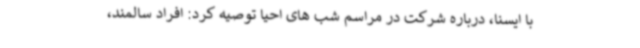
با ایسنا، درباره شرکت در مراسم شب های احیا توصیه کرد: افراد سالمند،